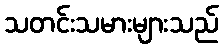
သတင်းသမားများသည်